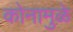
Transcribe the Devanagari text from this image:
कोनामुळे